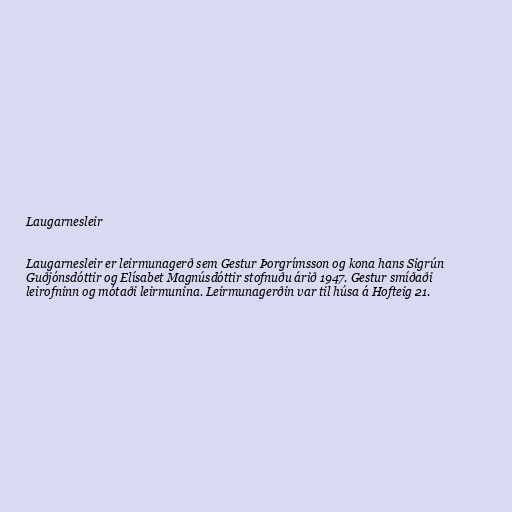
Laugarnesleir

Laugarnesleir er leirmunagerð sem Gestur Þorgrímsson og kona hans Sigrún
Guðjónsdóttir og Elísabet Magnúsdóttir stofnuðu árið 1947. Gestur smíðaði
leirofninn og mótaði leirmunina. Leirmunagerðin var til húsa á Hofteig 21.